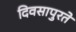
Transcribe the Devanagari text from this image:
दिवसापुरते